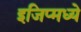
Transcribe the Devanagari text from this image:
इजिप्मध्ये